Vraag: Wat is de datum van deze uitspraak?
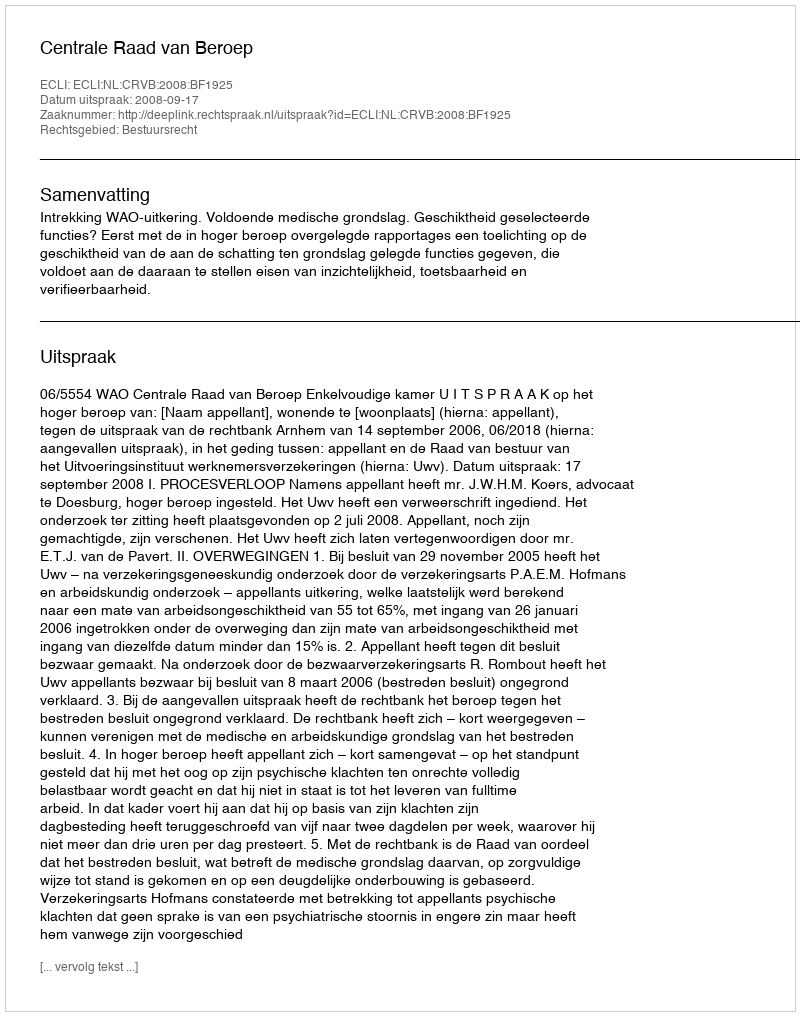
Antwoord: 2008-09-17